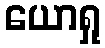
ယောရှု